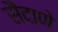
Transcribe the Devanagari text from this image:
सैंदाणे